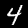
Label: 4